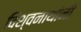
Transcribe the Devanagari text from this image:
विश्वनाथांनी